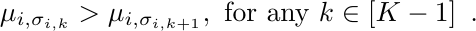
\begin{align*}
    \mu_{i,\sigma_{i,k}} > \mu_{i,\sigma_{i,k+1}}, \text{ for any $k\in[K-1]$ }\,.
\end{align*}